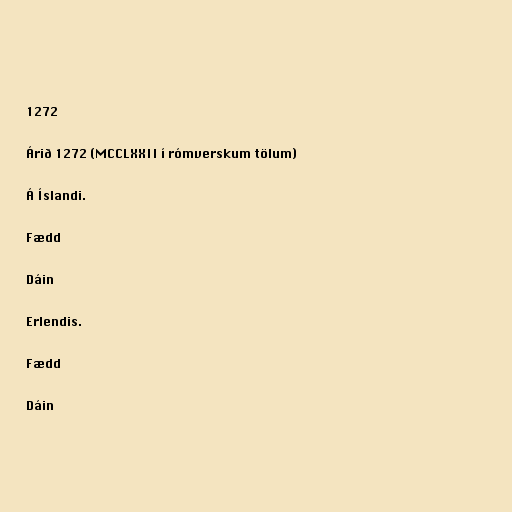
1272

Árið 1272 (MCCLXXII í rómverskum tölum)

Á Íslandi.

Fædd

Dáin

Erlendis.

Fædd

Dáin